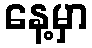
နေ့မှာ